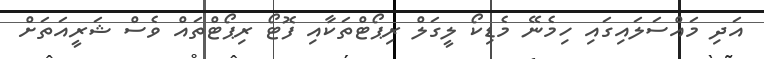
އަދި މައްސަލައިގައި ހިމެނޭ މެޑިކޯ ލީގަލް ރިޕޯޓްތަކާއި ފޮޓޯ ރިޕޯޓްތައް ވެސް ޝަރީއަތަށް